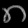
Digit: ၈